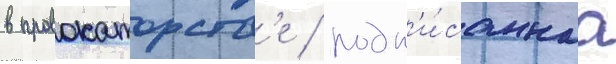
в провокаторств'е / подп'и́саннаа